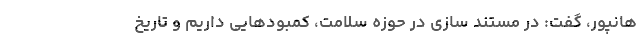
هانپور، گفت: در مستند سازی در حوزه سلامت، کمبودهایی داریم و تاریخ